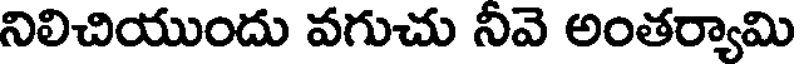
నిలిచియుందు వగుచు నీవె అంతర్యామి